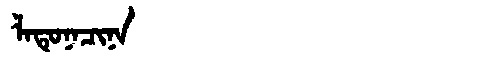
Manchu: ᠯᠠᡨᡠᠨᠠᠴᡳᠨᠠ
Romanization: LATUNACINA